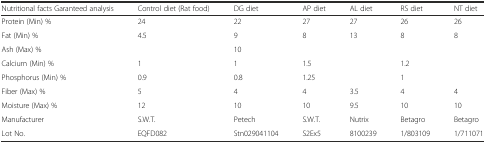
| Nutritional facts Garanteed analysis | Control diet (Rat food) | DG diet | AP diet | AL diet | RS diet | NT diet |
 | --- | --- | --- | --- | --- | --- | --- |
 | Protein (Min) % | 24 | 22 | 27 | 27 | 26 | 26 |
 | Fat (Min) % | 4.5 | 9 | 8 | 13 | 8 | 8 |
 | Ash (Max) % |  | 10 |  |  |  |  |
 | Calcium (Min) % | 1 | 1 | 1.5 |  | 1.2 |  |
 | Phosphorus (Min) % | 0.9 | 0.8 | 1.25 |  | 1 |  |
 | Fiber (Max) % | 5 | 4 | 4 | 3.5 | 4 | 4 |
 | Moisture (Max) % | 12 | 10 | 10 | 9.5 | 10 | 10 |
 | Manufacturer | S.W.T. | Petech | S.W.T. | Nutrix | Betagro | Betagro |
 | Lot No. | EQFD082 | Stn029041104 | S2Ex5 | 8100239 | 1/803109 | 1/711071 |